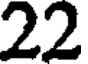
22